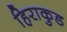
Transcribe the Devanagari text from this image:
हिराकुड